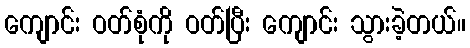
ကျောင်း ဝတ်စုံကို ဝတ်ပြီး ကျောင်း သွားခဲ့တယ်။